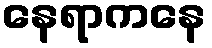
နေရာကနေ